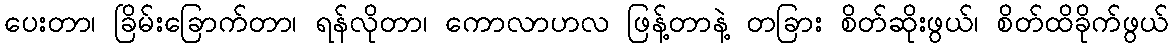
ပေးတာ၊ ခြိမ်းခြောက်တာ၊ ရန်လိုတာ၊ ကောလာဟလ ဖြန့်တာနဲ့ တခြား စိတ်ဆိုးဖွယ်၊ စိတ်ထိခိုက်ဖွယ်